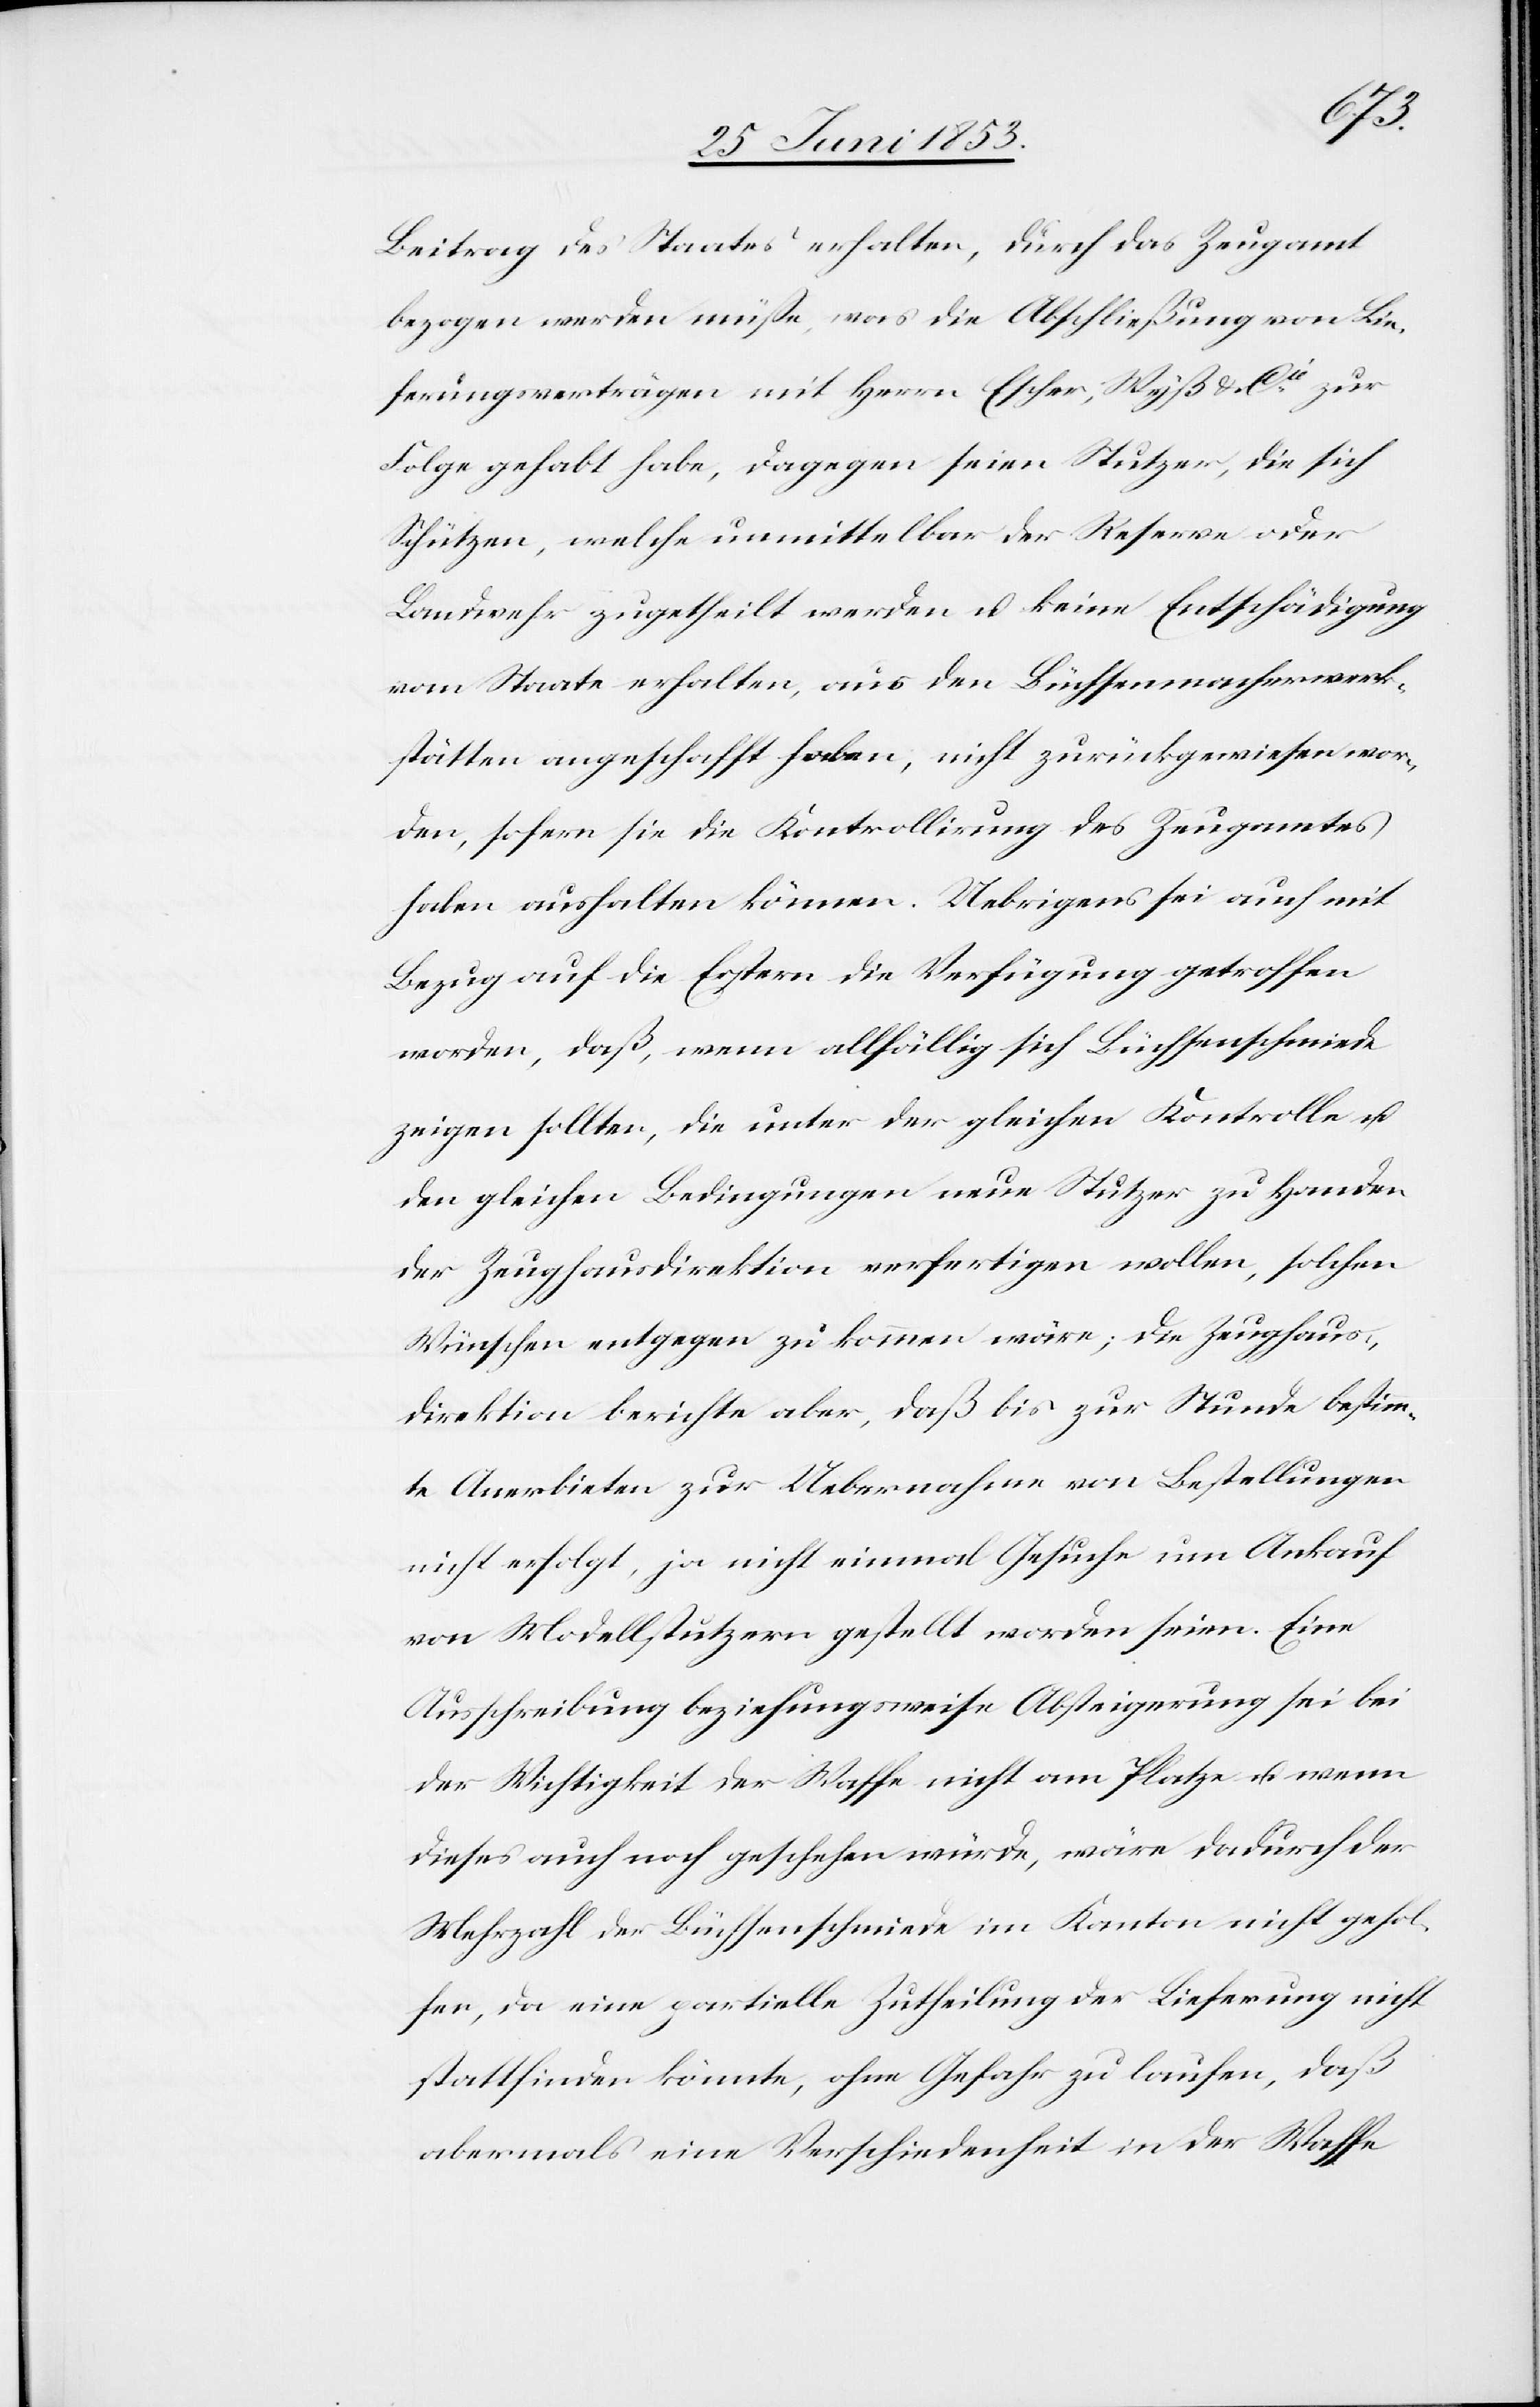
Beitrag des Staates erhalten, durch das Zeugamt
bezogen werden müße, was die Abschließung von Lie¬
ferungsverträgen mit Herrn Escher, Wyß u. Cié. zur
Folge gehabt habe, dagegen seien Stutzer, die sich
Schützen, welche unmittelbar der Reserve oder
Landwehr zugetheilt werden u. keine Entschädigung
vom Staate erhalten, aus den Büchsenmacherwerk¬
stätten angeschafft haben, nicht zurückgewiesen wor¬
den, sofern sie die Kontrollirung des Zeugamtes
haben aushalten können. Uebrigens sei auch mit
Bezug auf die Erstern die Verfügung getroffen
worden, daß, wenn allfällig sich Büchsenschmiede
zeigen sollten, die unter der gleichen Kontrolle u.
den gleichen Bedingungen neue Stutzer zu Handen
der Zeughausdirektion verfertigen wollen, solchen
Wünschen entgegen zu kommen wäre; die Zeughaus¬
direktion berichte aber, daß bis zur stunde bestimm¬
te Anerbieten zur Uebernahme von Bestellungen
nicht erfolgt, ja nicht einmal Gesuche um Ankauf
von Modellstutztern gestellt worden seien. Eine
Ausschreibung beziehungsweise Absteigerung sei bei
der Wichtigkeit der Waffe nicht am Platze u. wenn
dieses auch noch geschehen würde, wäre dadurch der
Mehrzahl der Büchsenschmiede im Kanton nicht gehol¬
fen, da eine partielle Zutheilung der Lieferung nicht
stattfinden könnte, ohne Gefahr zu laufen, daß
abermals eine Verschiedenheit in der Waffe